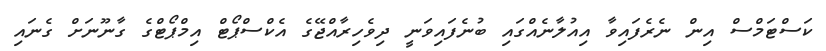
ކަސްޓަމްސް އިން ނެރެފައިވާ އިއުލާނެއްގައި ބުނެފައިވަނީ ދިވެހިރާއްޖޭގެ އެކްސްޕޯޓް އިމްޕޯޓްގެ ގާނޫނަށް ގެނައި